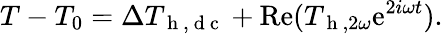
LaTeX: T-T_{0}=\Delta T_{\mathrm{~h~,~d~c~}}+\mathrm{Re}(T_{\mathrm{~h~},2\omega}\mathrm{e}^{2i\omega t}){.}